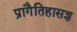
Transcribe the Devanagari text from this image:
प्रागैतिहासज्ञ